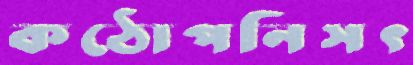
কঠোপনিসৎ